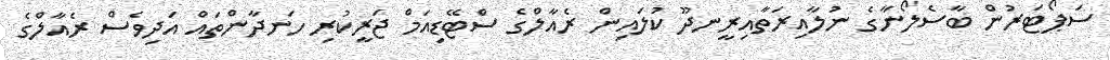
ސަޕޯޓަރުން ބާސެލޯނާގެ ނުލާއިރަތާއިރީނދޫ ކުލައިން ރެއާލްގެ ސްޓޭޑިއަމް ޖަރީކުރި ހަނދާންތައް އަދިވެސް ރެއާލްގެ